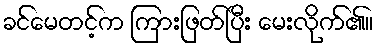
ခင်မေတင့်က ကြားဖြတ်ပြီး မေးလိုက်၏။